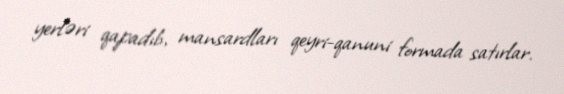
yerləri qapadıb, mansardları qeyri-qanuni formada satırlar.